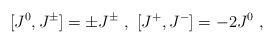
\begin{align*}[J^0,J^{\pm}]=\pm J^{\pm}\ ,\ [J^+,J^-]=-2J^0\ ,\end{align*}